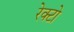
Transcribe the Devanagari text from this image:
रेक्टो